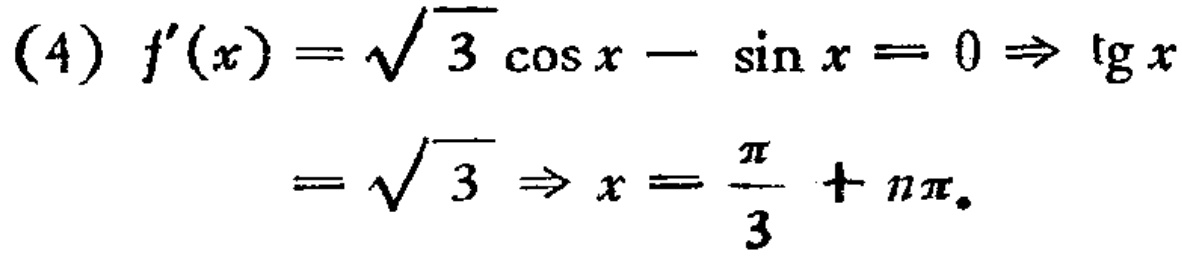
(4) \(f^{\prime}(x)=\sqrt{3} \cos x-\sin x = 0\Rightarrow \operatorname{tg}x=\sqrt{3}\Rightarrow x=\frac{\pi}{3}+n\pi\)